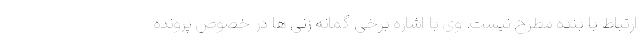
ارتباط با بنده مطرح نیست. وی با اشاره برخی گمانه زنی ها در خصوص پرونده